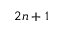
2 n + 1